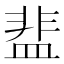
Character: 𬐤